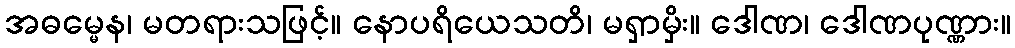
အဓမ္မေန၊ မတရားသဖြင့်။ နောပရိယေသတိ၊ မရှာမှိး။ ဒေါဏ၊ ဒေါဏပုဏ္ဏား။